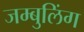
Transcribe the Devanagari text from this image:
जम्बुलिंग